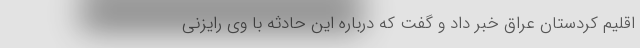
اقلیم کردستان عراق خبر داد و گفت که درباره این حادثه با وی رایزنی